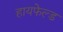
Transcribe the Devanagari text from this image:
हायफेल्ड